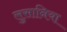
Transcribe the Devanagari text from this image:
लुसानिया